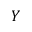
Y